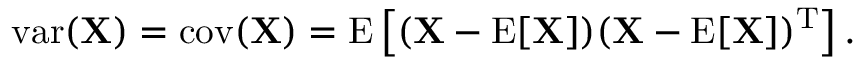
\operatorname { v a r } ( \mathbf { X } ) = \operatorname { c o v } ( \mathbf { X } ) = \operatorname { E } \left[ ( \mathbf { X } - \operatorname { E } [ \mathbf { X } ] ) ( \mathbf { X } - \operatorname { E } [ \mathbf { X } ] ) ^ { \mathrm { { T } } } \right] .